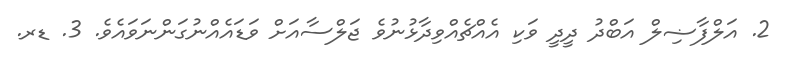
2. އަލްފާޟިލް އަބްދު ދީދީ ވަކި އެއްޗެއްވިދާޅުނުވެ ޖަލްސާއަށް ވަޑައެއްނުގަންނަވައެވެ. 3. ޑރ.